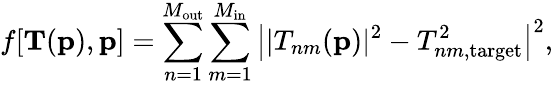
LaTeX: f[{\mathbf T}({\mathbf p}),{\mathbf p}]=\sum_{n=1}^{M_{\mathrm{out}}}\sum_{m=1}^{M_{\mathrm{in}}}\left||T_{nm}({\mathbf p})|^{2}-T_{nm,\mathrm{target}}^{2}\right|^{2},